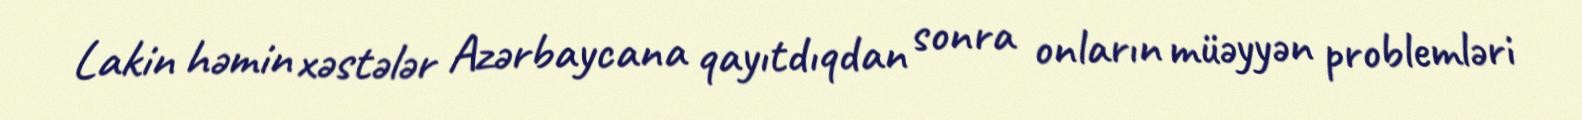
Lakin həmin xəstələr Azərbaycana qayıtdıqdan sonra onların müəyyən problemləri